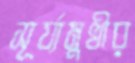
সূর্য্যমুখীর